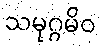
သမုဂ္ဂမိဝ